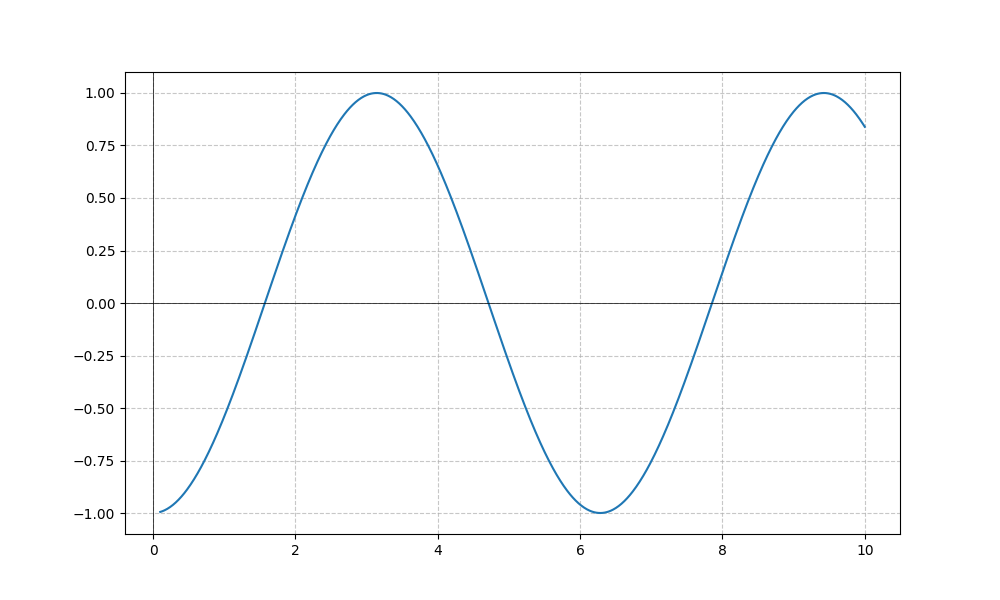
LaTeX formula: - \sin{\left(x \right)} \cot{\left(x \right)}